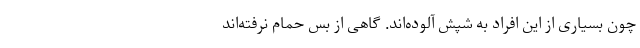
چون بسیاری از این افراد به شپش آلوده‌اند. گاهی از بس حمام نرفته‌اند